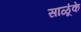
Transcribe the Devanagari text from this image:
साळूंके